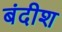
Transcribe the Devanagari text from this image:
बंदीश